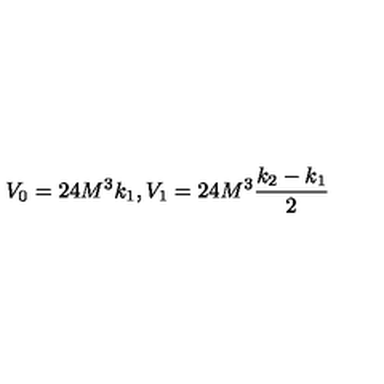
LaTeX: V _ { 0 } = 2 4 M ^ { 3 } k _ { 1 } , V _ { 1 } = 2 4 M ^ { 3 } \frac { k _ { 2 } - k _ { 1 } } { 2 }